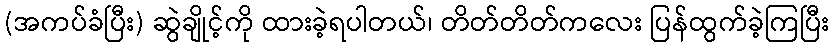
(အကပ်ခံပြီး) ဆွဲချိုင့်ကို ထားခဲ့ရပါတယ်၊ တိတ်တိတ်ကလေး ပြန်ထွက်ခဲ့ကြပြီး